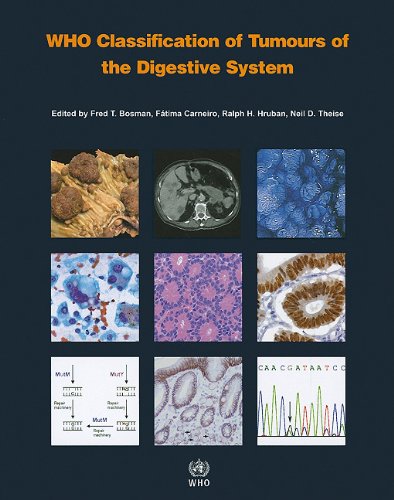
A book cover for WHO Classification of Tumours of the Digestive System (IARC WHO Classification of Tumours); The International Agency for Research on Cancer; Medical Books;